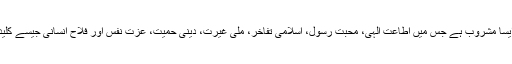
یہ ایک ڈراما نہیں بلکہ ایک ایسا مشروب ہے جس میں اطاعت الہی، محبت رسولؐ، اسلامی تفاخر، ملی غیرت، دینی حمیت، عزت نفس اور فلاح انسانی جیسے کلیدی اجزائے ترکیبی شامل ہیں۔